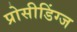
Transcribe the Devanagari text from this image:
प्रोसीडिंग्ज